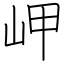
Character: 岬